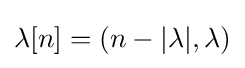
\lambda [n]=(n-|\lambda |,\lambda )